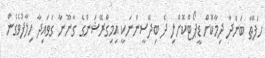
ހަފްތާ ބަންދާ ދިމާކޮށް ޑީޕޯޓްކޮށްލި ދެ ބިދޭސީންނަކީ އިމިގްރޭޝަންގެ ގާނޫނާ ގަވައިދާ ހިލާފުވެގެން